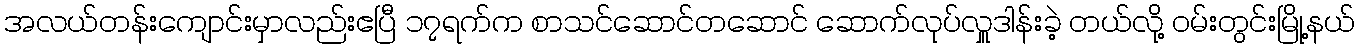
အလယ်တန်းကျောင်းမှာလည်းဧပြီ ၁၇ရက်က စာသင်ဆောင်တဆောင် ဆောက်လုပ်လှူဒါန်းခဲ့ တယ်လို့ ဝမ်းတွင်းမြို့နယ်